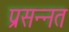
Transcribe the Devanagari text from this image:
प्रसन्नत